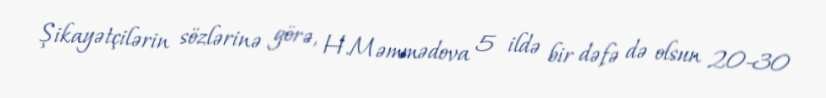
Şikayətçilərin sözlərinə görə, H.Məmmədova 5 ildə bir dəfə də olsun 20-30